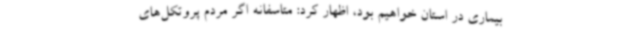
بیماری در استان خواهیم بود، اظهار کرد: متاسفانه اگر مردم پروتکل‌های